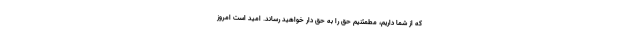
که از شما داریم، مطمئنیم حق را به حق دار خواهید رساند. امید است امروز